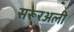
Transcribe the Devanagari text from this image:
सरूरअली